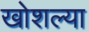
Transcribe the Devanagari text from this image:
खोशल्या